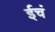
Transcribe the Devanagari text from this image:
ईचं